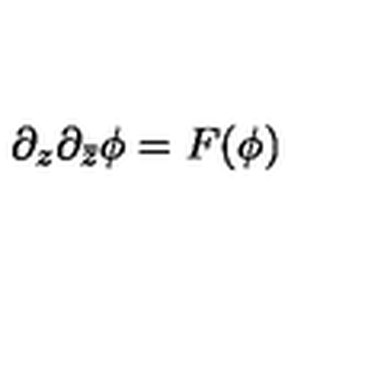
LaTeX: \partial _ { z } \partial _ { \bar { z } } \phi = F ( \phi )